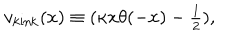
LaTeX: v _ { \mathrm { k i n k } } ( x ) \equiv ( \kappa x \theta ( - x ) - { \textstyle { \frac { 1 } { 2 } } } ) ,